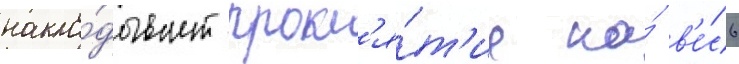
накла́дывает прокл'я́т'ие на́ в'е́сь